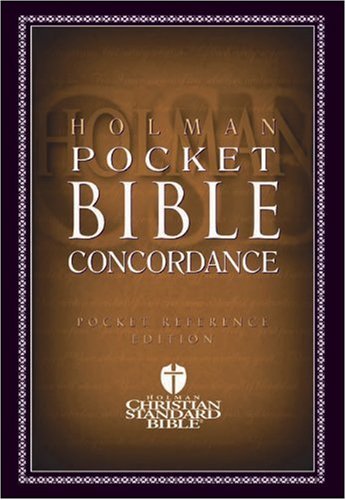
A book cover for HCSB Pocket Bible Concordance; Christian Books & Bibles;